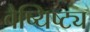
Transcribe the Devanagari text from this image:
वैष्यिष्ट्य